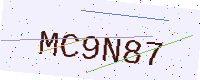
Text: MC9N87